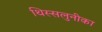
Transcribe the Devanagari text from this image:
थिस्सलुनीका